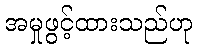
အမှုဖွင့်ထားသည်ဟု